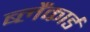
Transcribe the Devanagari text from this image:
ब्लैंकार्ड